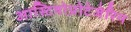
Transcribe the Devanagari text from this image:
आस्टियोप्रोटेजेरिन